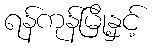
ရန်ကုန်မြို့နှင့်